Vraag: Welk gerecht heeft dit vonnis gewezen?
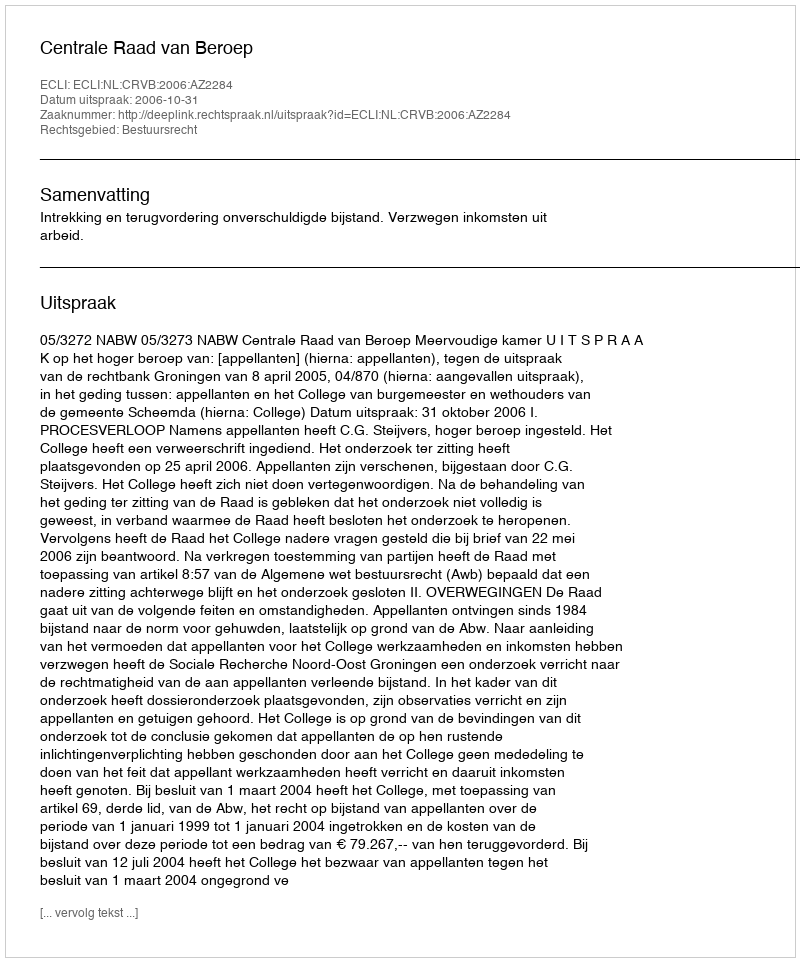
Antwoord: Centrale Raad van Beroep